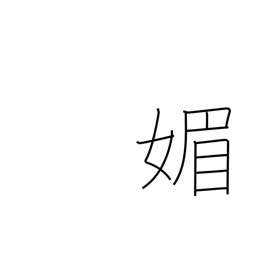
Meaning: flatter